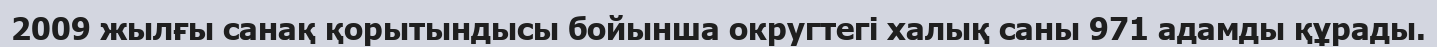
2009 жылғы санақ қорытындысы бойынша округтегі халық саны 971 адамды құрады.